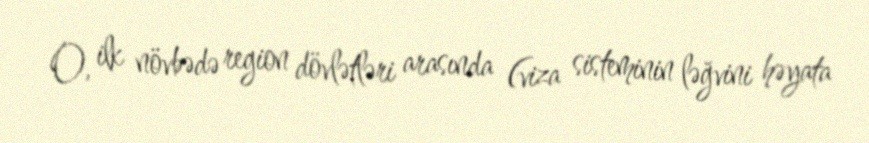
O, ilk növbədə region dövlətləri arasında (viza sisteminin ləğvini həyata